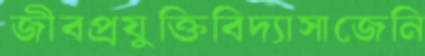
জীবপ্রযুক্তিবিদ্যাসাজেনি